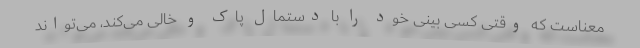
معناست که وقتی کسی بینی خود را با دستمال پاک و خالی می‌کند، می‌تواند